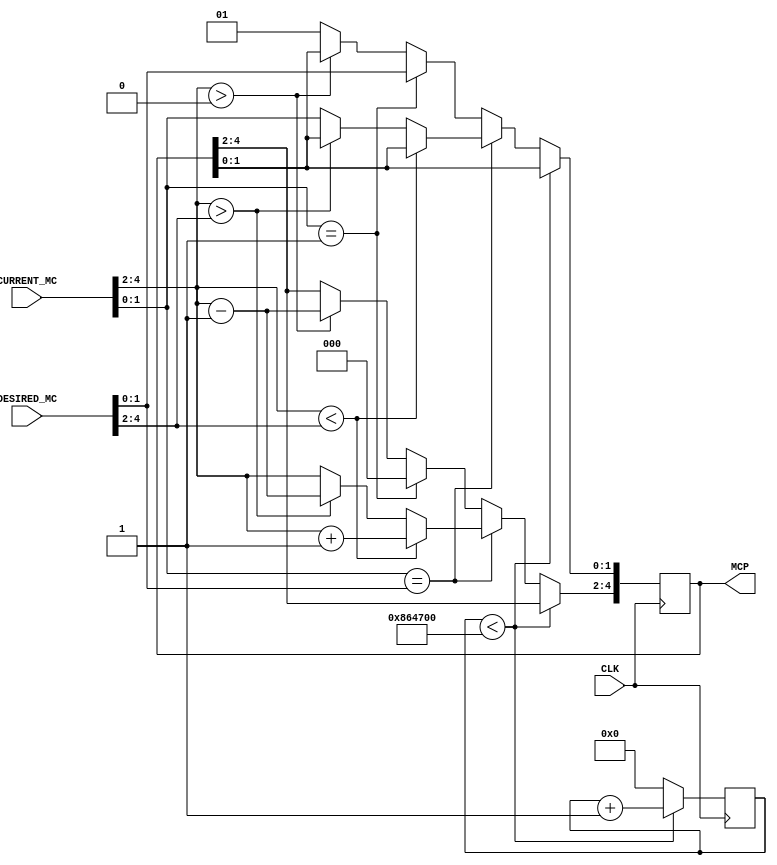
`timescale 1ns / 1ps
//////////////////////////////////////////////////////////////////////////////////
// Company: 
// Engineer: 
// 
// Design Name: 
// Module Name:    acceleration_modulation 
// Project Name: 
// Target Devices: 
// Tool versions: 
// Description: 
//
// Dependencies: 
//
// Revision: 
// Revision 0.01 - File Created
// Additional Comments: 
//
//////////////////////////////////////////////////////////////////////////////////
module acceleration_modulation(
		input CLK,
		input [4:0] DESIRED_MC,
		input [4:0] CURRENT_MC,
		output reg [4:0] MCP 
    );

	reg [24:0] count;
	
	initial begin
		count = 0;
		MCP = 5'b 00001; //Initialize at Neutral State
	end

	always @(posedge CLK) begin
		if(count < 8800000) //Incrementation of Counter
			count <= count + 1;
		else begin //Refresh Every 88 ms = 11 ms (Refresh of MC Signal) * 12 cycle
			count <= 0;
			
			if(CURRENT_MC[1:0] == DESIRED_MC[1:0]) begin //Desired & Current Direction are Same
				if(CURRENT_MC[4:2] < DESIRED_MC[4:2]) //Increase Power
					MCP[4:2] <= CURRENT_MC[4:2] + 1;
				else if (CURRENT_MC[4:2] > DESIRED_MC[4:2]) //Decrease Power
					MCP[4:2] <= CURRENT_MC[4:2] - 1;
				else //Power Stays the Same
					MCP <= CURRENT_MC;
			end else begin //Desired & Current Direction are Different
				if(CURRENT_MC[1:0] == 2'b01) //Motor is Neutral, Set Power to 12.5% and Set Direction
					MCP <= {3'b 000,DESIRED_MC[1:0]};
				else //Motor is Not Neutral
					if(CURRENT_MC[4:2] > 3'b000) //Decrement Power Since You Need to Transition to a New Direction
						MCP[4:2] <= CURRENT_MC[4:2] - 1;
					else //Set Direction to Neutral
						MCP[1:0] <= 2'b01;	
			end
		end
	end

endmodule